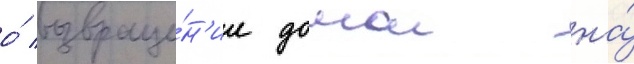
о́ возвраще́н'ии домои на́